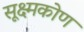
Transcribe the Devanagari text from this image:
सूक्ष्मकोण